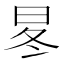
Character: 㫡